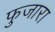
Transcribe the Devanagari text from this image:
फुजारा